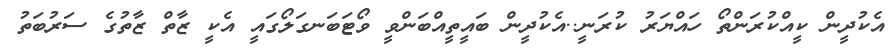
އެކުދީން ކީއްކުރަންތޯ ހައްޔަރު ކުރަނީ..އެކުދީން ބައީތީއްބަންވީ ވޯޓަބަނގަލޯގައީ އެކީ ޒާތް ޒާތުގެ ސަރުބަތު